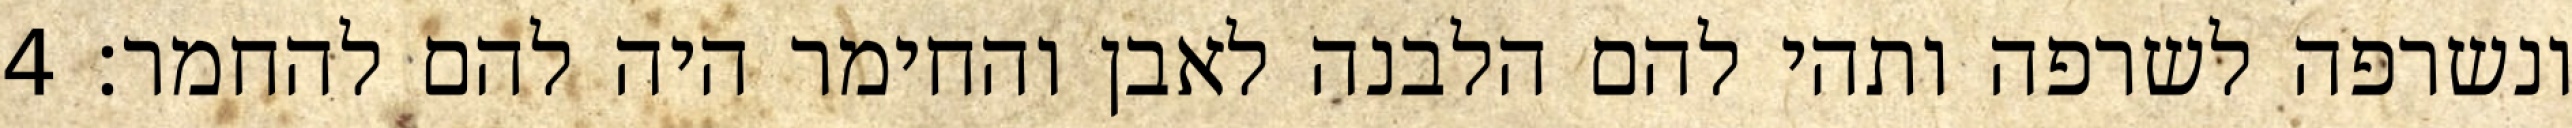
ונשרפה לשרפה ותהי להם הלבנה לאבן והחימר היה להם להחמר׃ ‎4‏